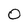
Character: o